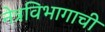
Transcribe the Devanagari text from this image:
नेत्रविभागाची